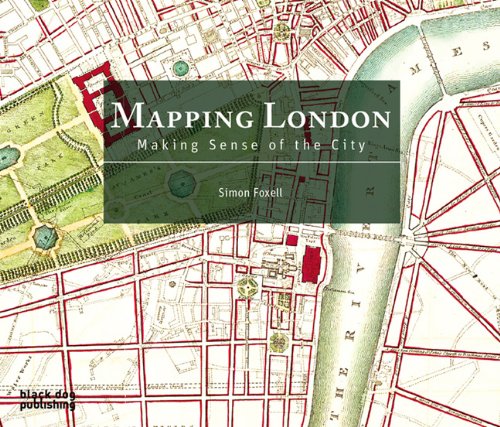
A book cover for Mapping London: Making Sense of the City; Simon Foxell; Science & Math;